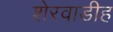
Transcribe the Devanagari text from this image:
शेरवाडीह